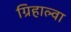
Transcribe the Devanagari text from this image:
ग्रिहाल्वा